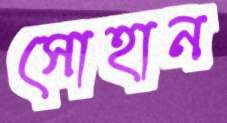
সোহান